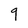
Character: 9